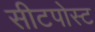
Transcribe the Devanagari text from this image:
सीटपोस्ट